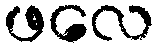
ဖလေ